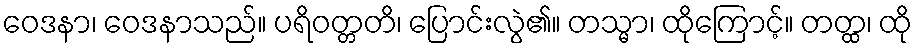
ဝေဒနာ၊ ဝေဒနာသည်။ ပရိဝတ္တတိ၊ ပြောင်းလွဲ၏။ တသ္မာ၊ ထိုကြောင့်။ တတ္ထ၊ ထို